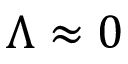
\Lambda \approx 0